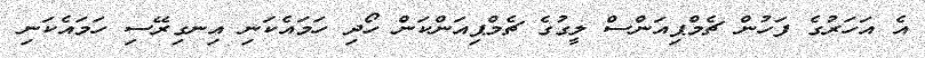
އެ އަހަރުގެ ފަހުން ޗެމްޕިއަންސް ލީގުގެ ޗެމްޕިއަންކަން ހޯދި ހަމައެކަަނި އިނގިރޭސި ހަމައެކަނި